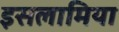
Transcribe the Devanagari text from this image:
इसलामिया